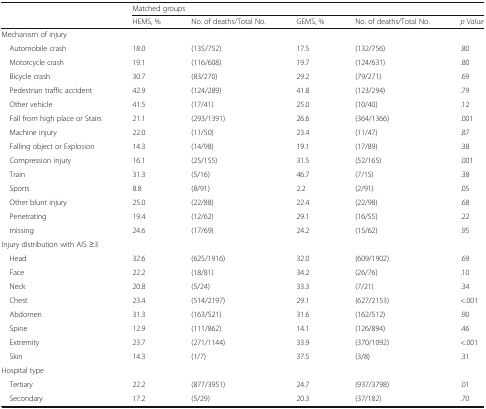
<table><thead><tr><td rowspan="2"></td><td colspan="5"><b>Matched groups</b></td></tr><tr><td><b>HEMS, %</b></td><td><b>No. of deaths/Total No.</b></td><td><b>GEMS, %</b></td><td><b>No. of deaths/Total No.</b></td><td><b><i>p Value</i></b></td></tr></thead><tbody><tr><td colspan="6">Mechanism of injury</td></tr><tr><td> Automobile crash</td><td>18.0</td><td>(135/752)</td><td>17.5</td><td>(132/756)</td><td>.80</td></tr><tr><td> Motorcycle crash</td><td>19.1</td><td>(116/608)</td><td>19.7</td><td>(124/631)</td><td>.80</td></tr><tr><td> Bicycle crash</td><td>30.7</td><td>(83/270)</td><td>29.2</td><td>(79/271)</td><td>.69</td></tr><tr><td> Pedestrian traffic accident</td><td>42.9</td><td>(124/289)</td><td>41.8</td><td>(123/294)</td><td>.79</td></tr><tr><td> Other vehicle</td><td>41.5</td><td>(17/41)</td><td>25.0</td><td>(10/40)</td><td>.12</td></tr><tr><td> Fall from high place or Stairs</td><td>21.1</td><td>(293/1391)</td><td>26.6</td><td>(364/1366)</td><td>.001</td></tr><tr><td> Machine injury</td><td>22.0</td><td>(11/50)</td><td>23.4</td><td>(11/47)</td><td>.87</td></tr><tr><td> Falling object or Explosion</td><td>14.3</td><td>(14/98)</td><td>19.1</td><td>(17/89)</td><td>.38</td></tr><tr><td> Compression injury</td><td>16.1</td><td>(25/155)</td><td>31.5</td><td>(52/165)</td><td>.001</td></tr><tr><td> Train</td><td>31.3</td><td>(5/16)</td><td>46.7</td><td>(7/15)</td><td>.38</td></tr><tr><td> Sports</td><td>8.8</td><td>(8/91)</td><td>2.2</td><td>(2/91)</td><td>.05</td></tr><tr><td> Other blunt injury</td><td>25.0</td><td>(22/88)</td><td>22.4</td><td>(22/98)</td><td>.68</td></tr><tr><td> Penetrating</td><td>19.4</td><td>(12/62)</td><td>29.1</td><td>(16/55)</td><td>.22</td></tr><tr><td> missing</td><td>24.6</td><td>(17/69)</td><td>24.2</td><td>(15/62)</td><td>.95</td></tr><tr><td colspan="6">Injury distribution with AIS ≥3</td></tr><tr><td> Head</td><td>32.6</td><td>(625/1916)</td><td>32.0</td><td>(609/1902)</td><td>.69</td></tr><tr><td> Face</td><td>22.2</td><td>(18/81)</td><td>34.2</td><td>(26/76)</td><td>.10</td></tr><tr><td> Neck</td><td>20.8</td><td>(5/24)</td><td>33.3</td><td>(7/21)</td><td>.34</td></tr><tr><td> Chest</td><td>23.4</td><td>(514/2197)</td><td>29.1</td><td>(627/2153)</td><td>&lt;.001</td></tr><tr><td> Abdomen</td><td>31.3</td><td>(163/521)</td><td>31.6</td><td>(162/512)</td><td>.90</td></tr><tr><td> Spine</td><td>12.9</td><td>(111/862)</td><td>14.1</td><td>(126/894)</td><td>.46</td></tr><tr><td> Extremity</td><td>23.7</td><td>(271/1144)</td><td>33.9</td><td>(370/1092)</td><td>&lt;.001</td></tr><tr><td> Skin</td><td>14.3</td><td>(1/7)</td><td>37.5</td><td>(3/8)</td><td>.31</td></tr><tr><td colspan="6">Hospital type</td></tr><tr><td> Tertiary</td><td>22.2</td><td>(877/3951)</td><td>24.7</td><td>(937/3798)</td><td>.01</td></tr><tr><td> Secondary</td><td>17.2</td><td>(5/29)</td><td>20.3</td><td>(37/182)</td><td>.70</td></tr></tbody></table>